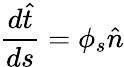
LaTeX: \frac{d\hat{t}}{ds}=\phi_{s}\hat{n}